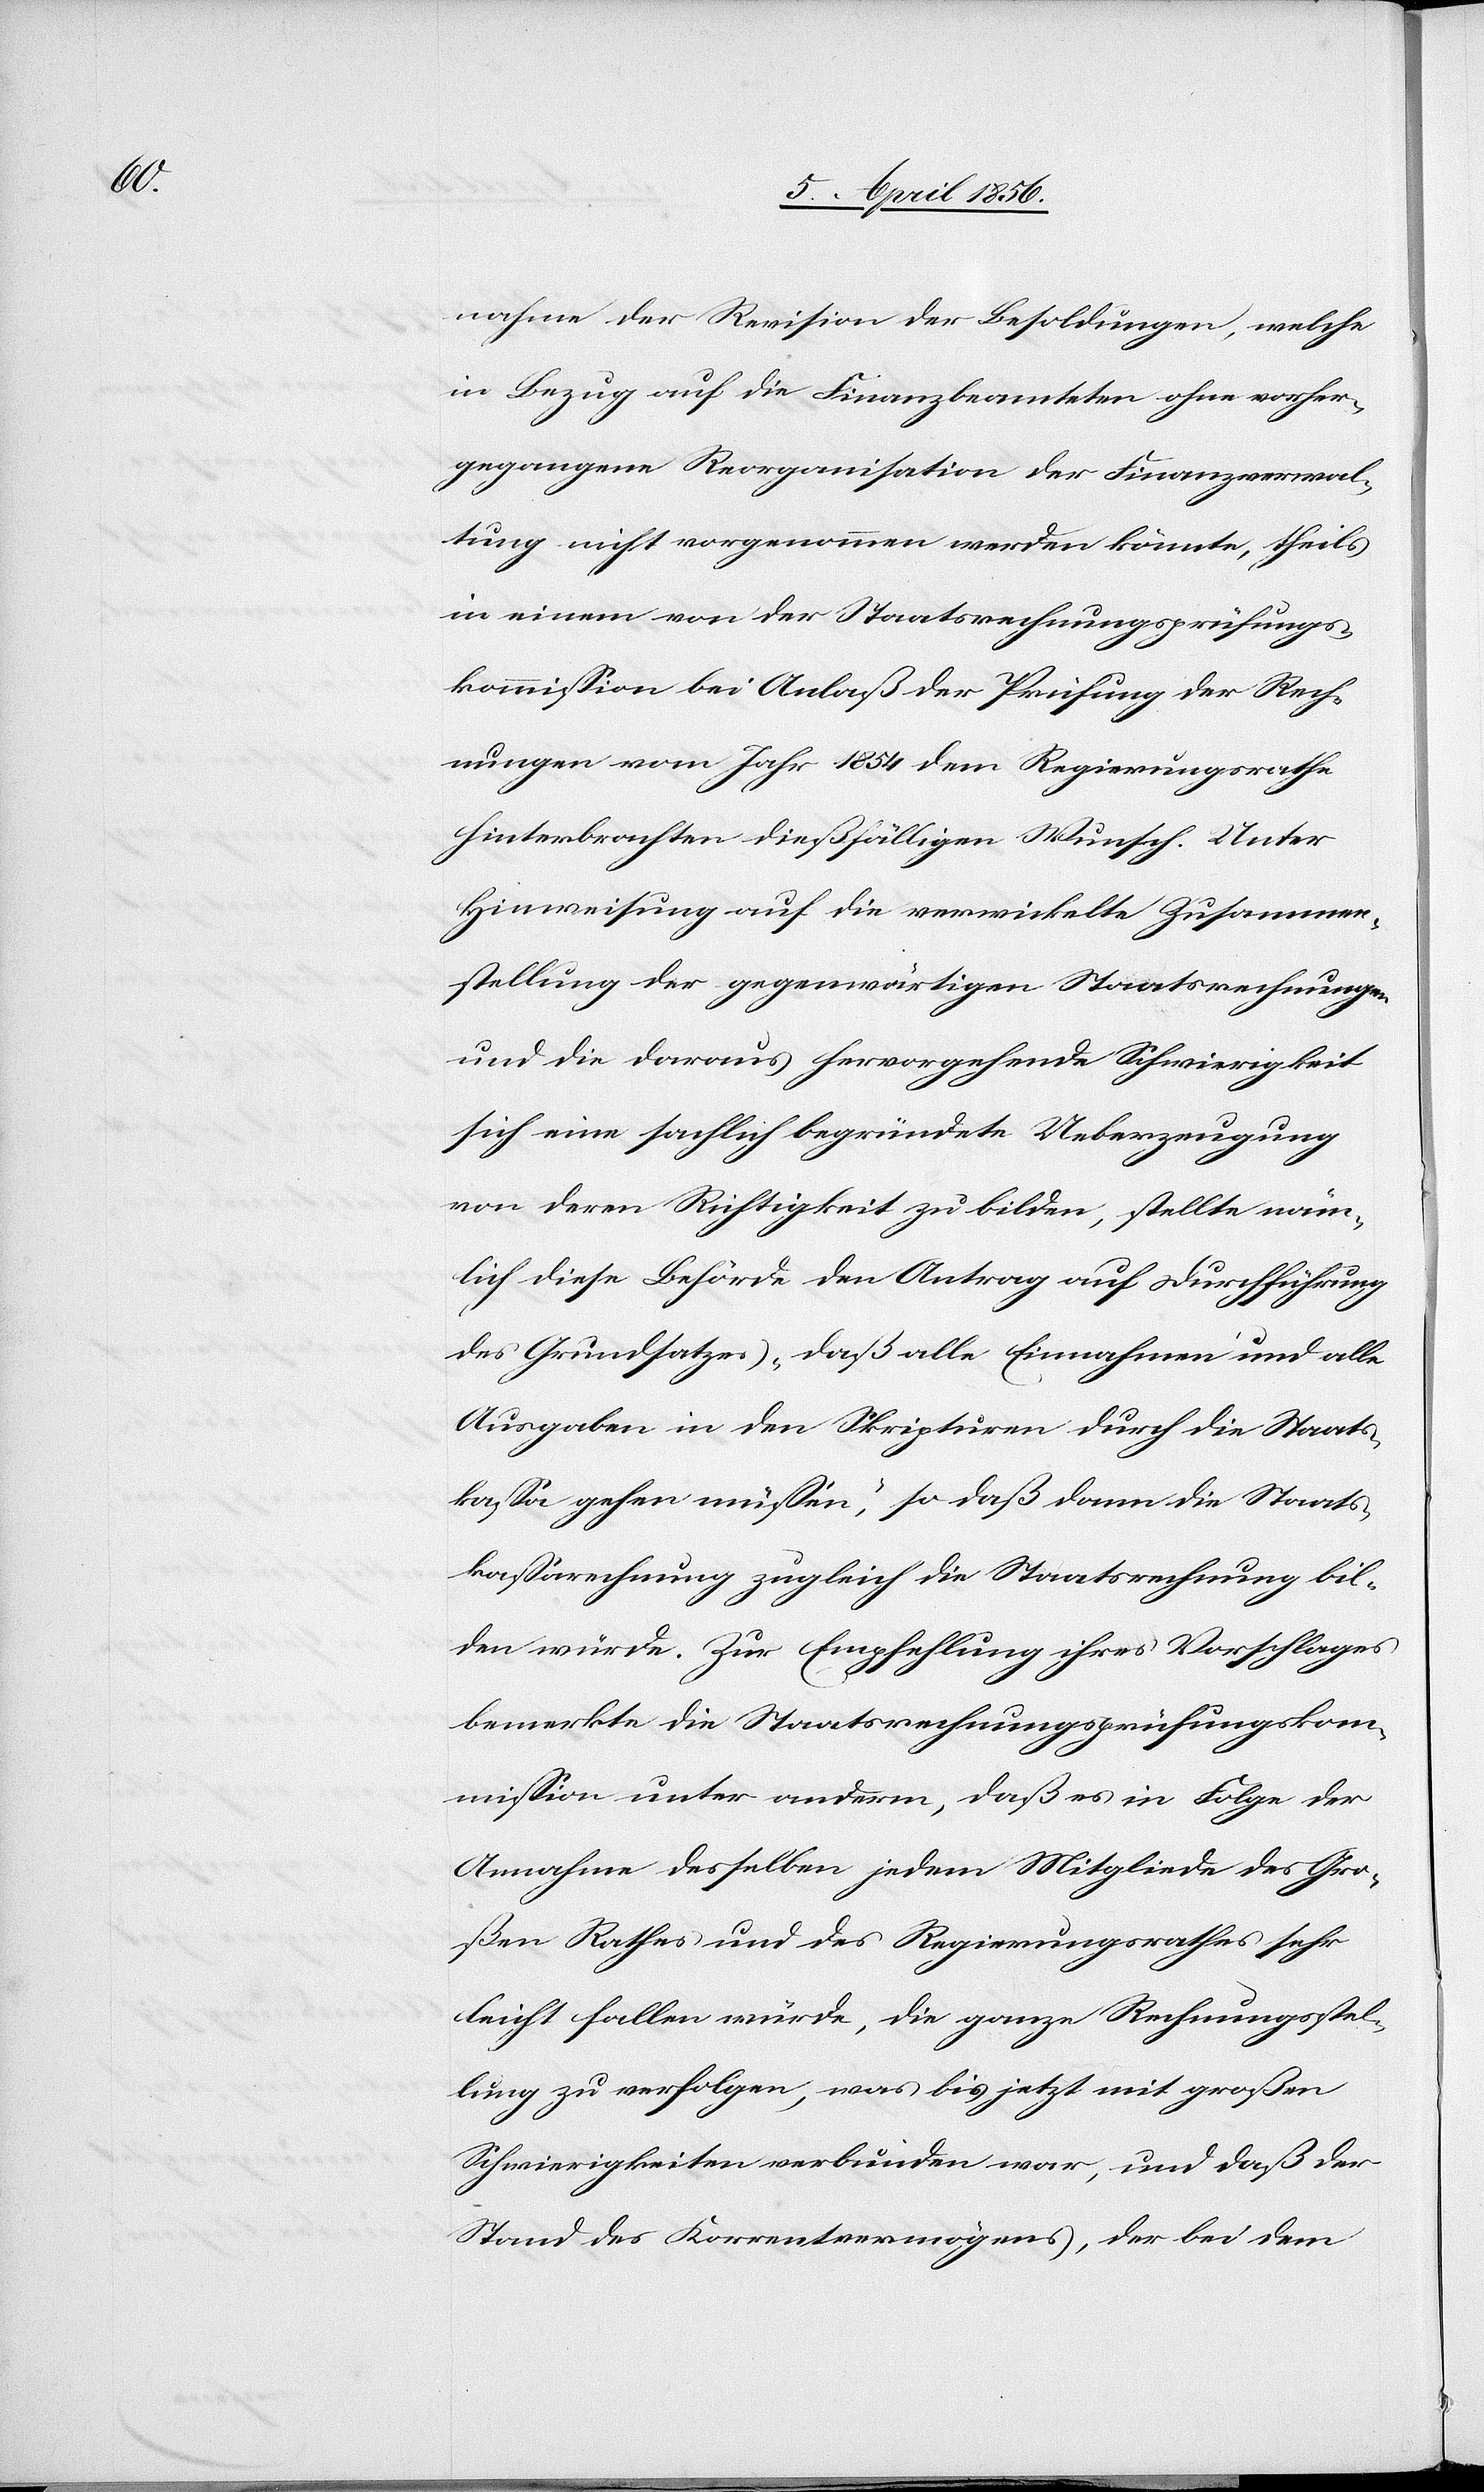
nahme der Revision der Besoldungen, welche
in Bezug auf die Finanzbeamteten ohne vorher¬
gegangene Reorganisation der Finanzverwal¬
tung nicht vorgenommen werden könnte, theils
in einem von der Staatsrechnungsprüfungs¬
kommission bei Anlaß der Prüfung der Rech¬
nungen vom Jahr 1854 dem Regierungsrathe
hinterbrachten dießfälligen Wunsch. Unter
Hinweisung auf die verwickelte Zusammen¬
stellung der gegenwärtigen Staatsrechnungen
und die daraus hervorgehende Schwierigkeit
sich eine sachlich begründete Ueberzeugung
von deren Richtigkeit zu bilden, stellte näm¬
lich diese Behörde den Antrag auf Durchführung
des Grundsatzes „daß alle Einnahmen und alle
Ausgaben in den Skripturen durch die Staats¬
kassa gehen müssen“, so daß dann die Staats¬
kassarechnung zugleich die Staatsrechnung bil¬
den würde. Zur Empfehlung ihres Vorschlages
bemerkte die Staatsrechnungsprüfungskom¬
mission unter anderm, daß es in Folge der
Annahme desselben jedem Mitgliede des Gro¬
ßen Rathes und des Regierungsrathes sehr
leicht fallen würde, die ganze Rechnungsstel¬
lung zu verfolgen, was bis jetzt mit großen
Schwierigkeiten verbunden war, und daß der
Stand des Korrentvermögens, der bei dem